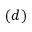
( d )